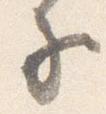
子